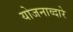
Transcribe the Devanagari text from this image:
योजनाव्दारे